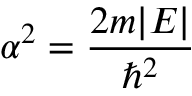
\alpha ^ { 2 } = { \frac { 2 m | E | } { \hbar ^ { 2 } } }